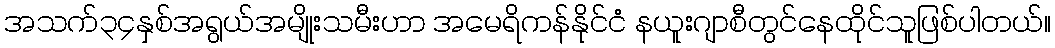
အသက်၃၄နှစ်အရွယ်အမျိုးသမီးဟာ အမေရိကန်နိုင်ငံ နယူးဂျာစီတွင်နေထိုင်သူဖြစ်ပါတယ်။